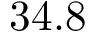
3 4 . 8